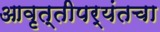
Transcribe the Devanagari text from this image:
आवृत्तीपर्यंतचा